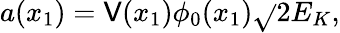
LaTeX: a(x_{1})=\mathsf{V}(x_{1})\phi_{0}(x_{1})\sqrt{}{{2E_{K}}},